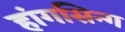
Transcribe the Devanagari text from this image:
हांगसिन्ग